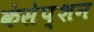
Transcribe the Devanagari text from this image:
कंसेप्शन